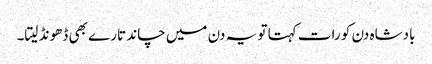
بادشاہ دن کو رات کہتا تو یہ دن میں چاند تارے بھی ڈھونڈ لیتا۔